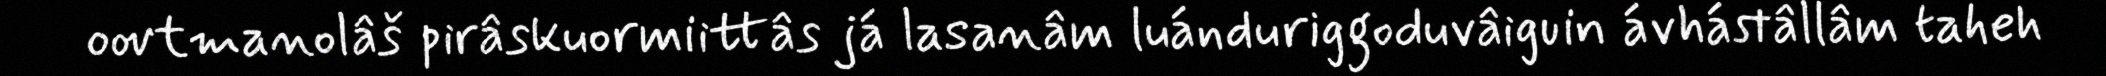
oovtmanolâš pirâskuormiittâs já lasanâm luánduriggoduvâiguin ávhástâllâm taheh